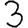
Digit: 3